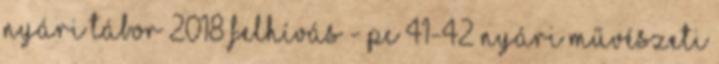
Nyári Tábor 2018 FELHÍVÁS - PC 41-42 NYÁRI MŰVÉSZETI